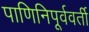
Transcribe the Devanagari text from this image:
पाणिनिपूर्ववर्ती